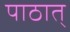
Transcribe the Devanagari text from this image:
पाठात्‌